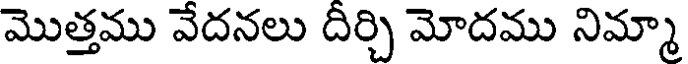
మొత్తము వేదనలు దీర్చి మోదము నిమ్మా